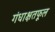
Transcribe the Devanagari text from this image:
गंधाक्षतफूल